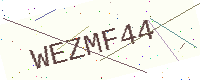
Text: WEZMF44